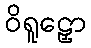
ဝိရူဠှော